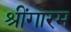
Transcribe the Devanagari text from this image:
श्रींगारम